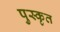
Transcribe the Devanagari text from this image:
पुस्कृत